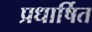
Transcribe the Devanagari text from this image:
प्रधार्षित